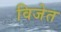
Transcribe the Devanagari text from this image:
विजेत